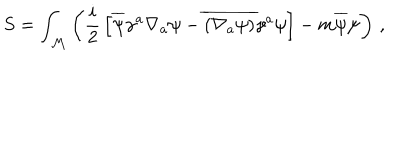
S = \int _ { \mathcal M } \left( { \frac { i } { 2 } } \left[ \overline { { \psi } } \gamma ^ { a } \nabla _ { a } \psi - \overline { { { ( \nabla _ { a } \psi ) } } } \gamma ^ { a } \psi \right] - m \overline { { \psi } } \psi \right) \, ,